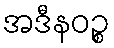
အဒီနဝဉ္စ